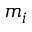
m _ { i }